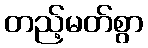
တည့်မတ်စွာ